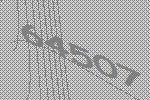
64507